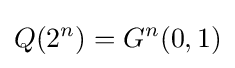
Q(2^{n})=G^{n}(0,1)